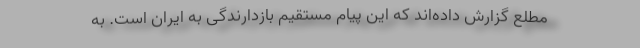
مطلع گزارش داده‌اند که این پیام مستقیم بازدارندگی به ایران است. به